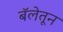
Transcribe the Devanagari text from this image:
बॅलेतून